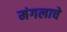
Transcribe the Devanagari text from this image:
मंगलाचे